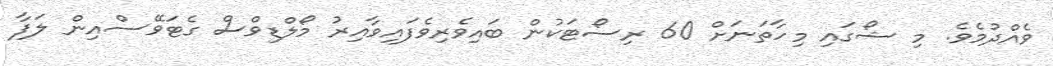
ވެއްދުމެވެ. މި ޝޯގައި މިހާތަނަށް 60 ރިސޯޓަކުން ބައިވެރިވެފައިވާއިރު މޯލްޑިވްސް ގެޓަވޭސްއިން ލަފާ